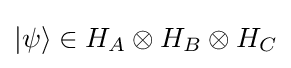
|\psi \rangle \in H_{A}\otimes H_{B}\otimes H_{C}